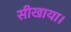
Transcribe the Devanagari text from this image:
सीखाया।